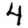
Digit: 4